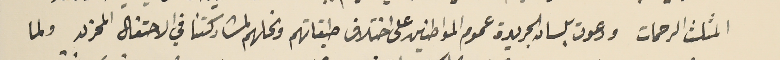
المثلث الرحمات ودعوت بلسان الجريدة عموم المواطنين على اختلاف طبقاتهم ونحلهم لمشاركتنا في الاحتفال المحزن ولما